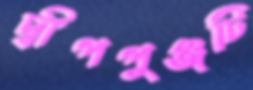
দ্বীপপুঞ্জটি